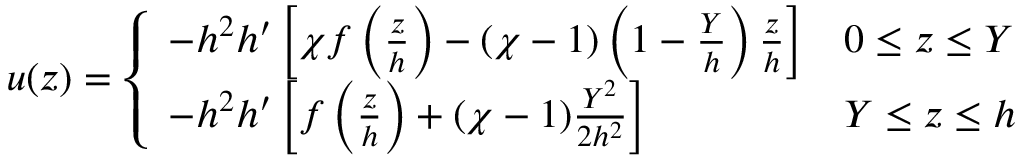
u ( z ) = \left\{ \begin{array} { l l } { - h ^ { 2 } h ^ { \prime } \left[ \chi f \left( \frac { z } { h } \right) - ( \chi - 1 ) \left( 1 - \frac { Y } { h } \right) \frac { z } { h } \right] } & { 0 \le z \le Y } \\ { - h ^ { 2 } h ^ { \prime } \left[ f \left( \frac { z } { h } \right) + ( \chi - 1 ) \frac { Y ^ { 2 } } { 2 h ^ { 2 } } \right] } & { Y \le z \le h } \end{array} \right.